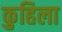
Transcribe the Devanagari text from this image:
कुहिला